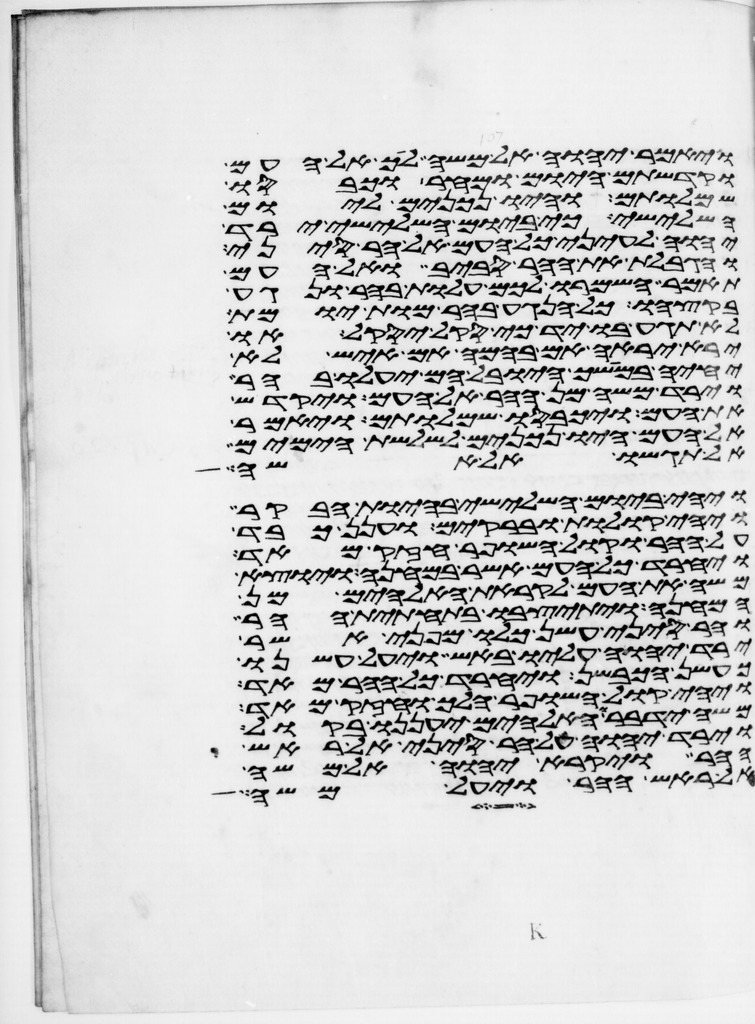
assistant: ויאמר יהוה אל משה לך אל העם
וקדשתם היום ומחר וכבסו
שמלותם והיו נכונים ליום
השלישי כי ביום השלישי ירד
יהוה לעיני כל העם אל הר סיני
והגבלת את ההר סביב ואל העם
תאמר השמרו לכם עלות בהר ונגע
בקצהו כל הנגע בהר מות יומת
לא תגע בו יד כי סקל יסקל או
ירא יראה אם בהמה אם איש לא
יחיה במושך היובל הם יעלו בהר
וירד משה מן ההר אל העם ויקדש
את העם ויכבסו שמלותם ויאמר
אל העם היו נכונים לשלשת הימים
אל תגשו אל אשה
ויהי ביום השלישי בהיות הבקר
ויהי קולות וברקים וענן כבד
על ההר וקול השופר חזק מאד
ויחרד כל העם אשר במחנה ויוצא
משה את העם לקראת האלהים מן
המחנה ויתיצבו בתחתית ההר
והר סיני עשן כלו מפני אשר
ירד יהוה עליו באש ויעל עשנו
כעשן הכבשן ויחרד כל ההר מאד
ויהי קול השופר הלך וחזק מאד
משה ידבר והאלהים יעננו בקול
וירד יהוה על הר סיני אל ראש
ההר ויקרא יהוה אל משה
אל ראש ההר ויעל משה